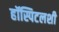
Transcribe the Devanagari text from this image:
हॉस्पिटलशी